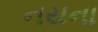
નયના